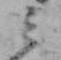
ミ